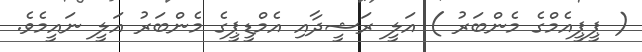
( ޕީޕީއެމްގެ މެންބަރު ) އަލީ ރަޝީދާއި އެމްޑީޕީގެ މެންބަރު އަލީ ނައީމެވެ.